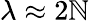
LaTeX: \lambda\approx2\mathbb{N}